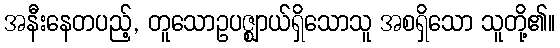
အနီးနေတပည့်, တူသောဥပဇ္ဈာယ်ရှိသောသူ အစရှိသော သူတို့၏။